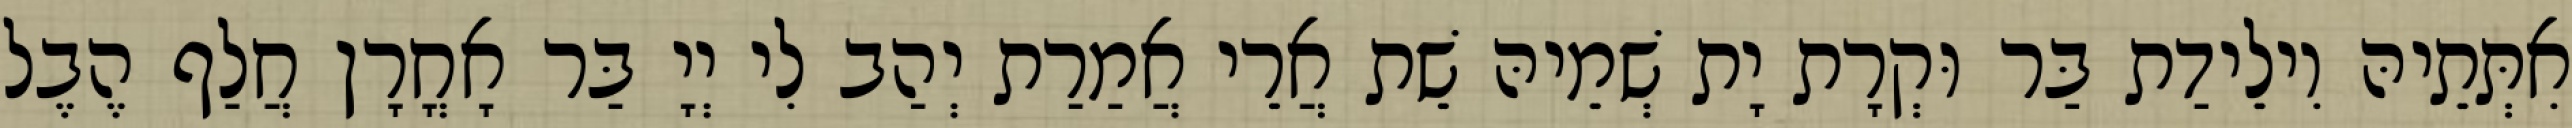
אִתְּתֵיהּ וִילֵידַת בַּר וּקְרָת יָת שְׁמֵיהּ שֵׁת אֲרֵי אֲמַרַת יְהַב לִי יְיָ בַּר אָחֳרָן חֲלַף הֶבֶל